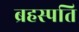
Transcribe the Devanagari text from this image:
ब्रहस्पति